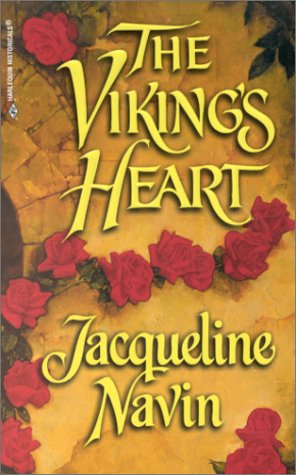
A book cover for The Viking's Heart (Harlequin Historical, 515); Jacqueline Navin; Romance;